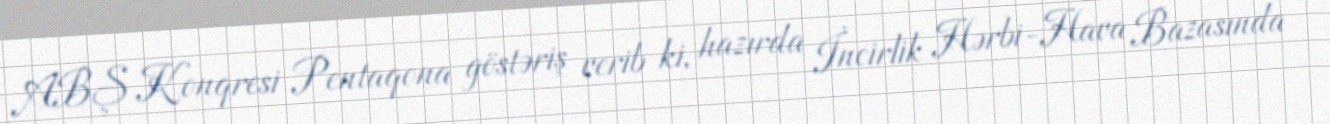
ABŞ Konqresi Pentaqona göstəriş verib ki, hazırda İncirlik Hərbi-Hava Bazasında